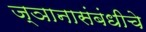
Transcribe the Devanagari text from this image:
ज्ञानासंबंधीचे